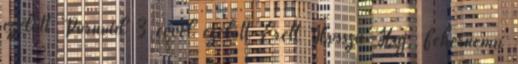
ezelőtt Pornoid 3 évvel ezelőtt Érett Hosszú Haj, Fehernemu